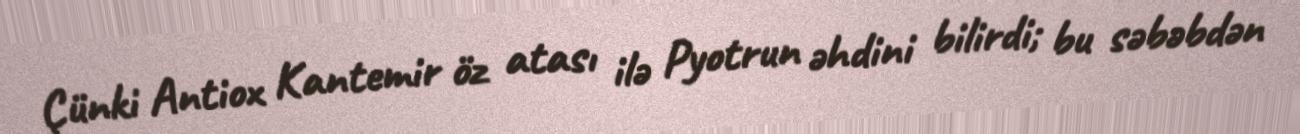
Çünki Antiox Kantemir öz atası ilə Pyotrun əhdini bilirdi; bu səbəbdən